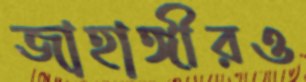
জাহাঙ্গীরও